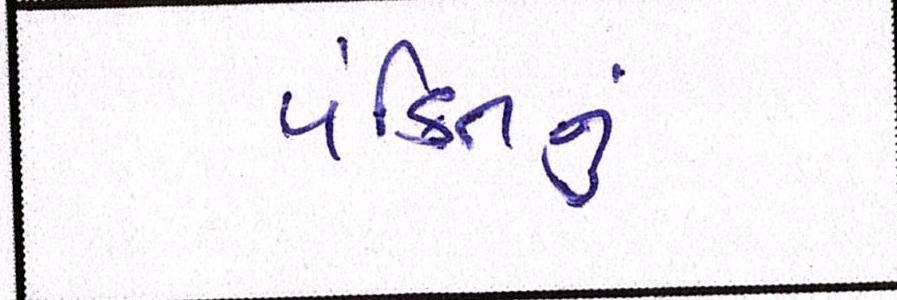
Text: પંક્તિનું